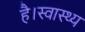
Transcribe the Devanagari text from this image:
है।स्वास्थ्य